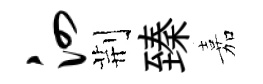
泗荆臻嘉